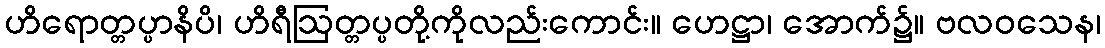
ဟိရောတ္တပ္ပာနိပိ၊ ဟိရီဩတ္တပ္ပတို့ကိုလည်းကောင်း။ ဟေဋ္ဌာ၊ အောက်၌။ ဗလဝသေန၊